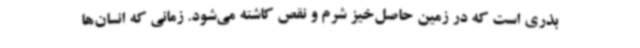
بذری است که در زمین حاصل‌خیز شرم و نقص کاشته می‌شود. زمانی که انسان‌ها